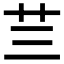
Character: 𮶜